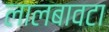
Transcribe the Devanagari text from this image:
लालबावटा